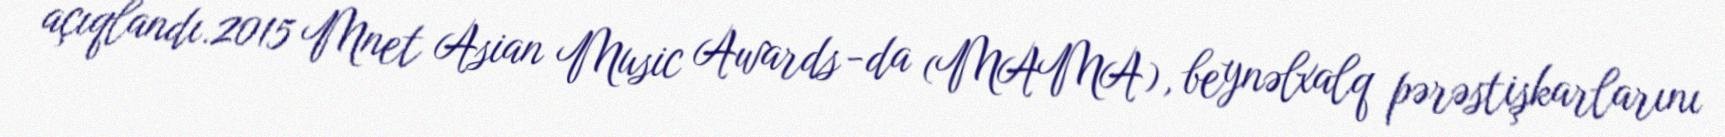
açıqlandı.2015 Mnet Asian Music Awards -da (MAMA), beynəlxalq pərəstişkarlarını